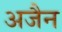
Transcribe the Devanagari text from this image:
अजैन